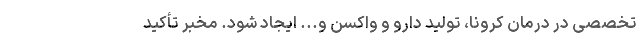
تخصصی در درمان کرونا، تولید دارو و واکسن و... ایجاد شود. مخبر تأکید